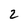
Character: 2